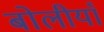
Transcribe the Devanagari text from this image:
बोलीयाँ